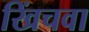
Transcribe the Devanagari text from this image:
खिंचवा